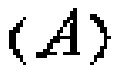
\((A)\)